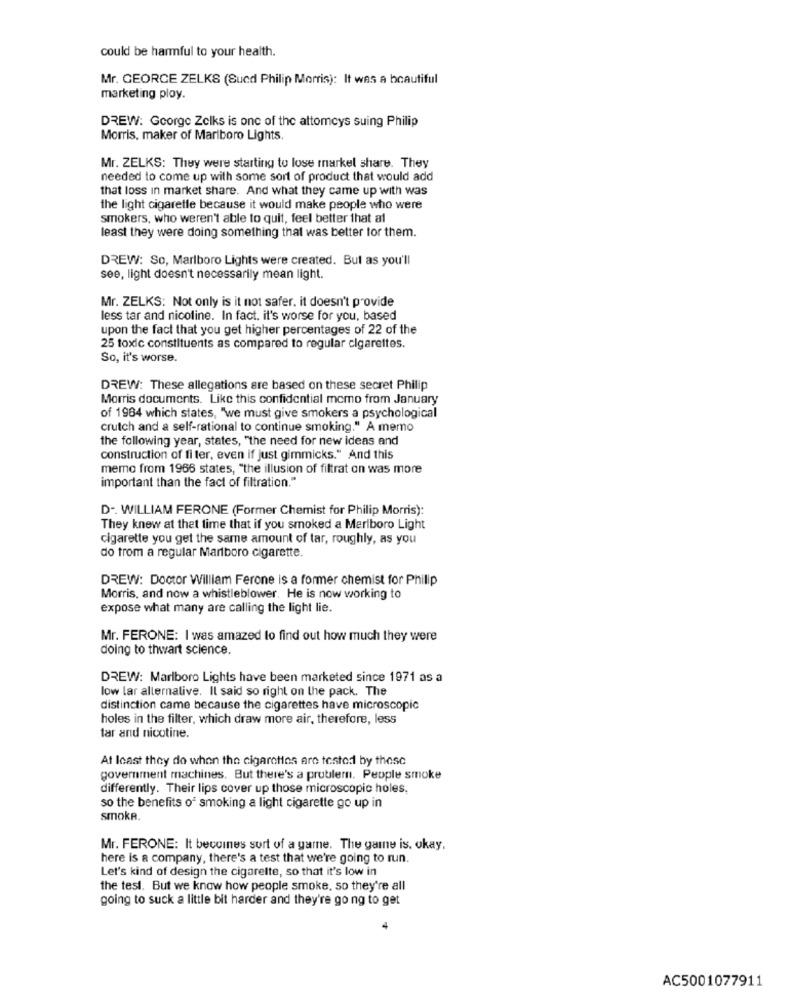
could be harmful to your health.
Mr. CEORCE ZELKS (Sucd Philip Morris): It was a beautiful
marketing ploy.
DREW: George Zelks is one of the attomeys suing Philip
Morris, maker of Mariboro Lights
Mr. ZELKS: They were starting to lose markel share. They
needed to come up with some sort of product that would add
that loss in market share. And what they came up with was
the light cigarette because it would make people who were
smokers, who weren't able to quit, feel better that al
least they were doing something that was better for them.
DREW: So, Marlboro Lights were created. But as you'll
see, light doesn't necessarily mean light.
Mr. ZELKS: Not only is it not safer, it doesn't provide
less tar and nicoline. In fact. it's worse for you, based
upon the fact that you get higher percentages of 22 of the
25 toxic constituents as compared to regular cigarettes.
So, it's worse.
DREW: These allegations are based on these secret Philip
Morris documents. Like this confidential memo from January
of 1984 which states, "we must give smokers a psychological
crutch and a self-rational to continue smoking." A memo
the following year, states, "the need for new ideas and
construction of fi ter, even if just gimmicks." And this
memo from 1966 states, "the illusion of filtrat on was more
important than the fact of filtration."
D -. WILLIAM FERONE (Former Chemist for Philip Morris):
They knew at that time that if you smoked a Marlboro Light
cigarette you get the same amount of tar, roughly, as you
do trom a regular Marlboro cigarette.
DREW: Doctor William Ferone is a former chemist for Philip
Morris, and now a whistleblower. He is now working to
expose what many are calling the light lie.
Mr. FERONE: I was amazed to find out how much they were
doing to thwart science.
DREW: Marlboro Lights have been marketed since 1971 as a
low lar alternative. Il said so right on the pack. The
distinction came because the cigarettes have microscopic
holes in the filter, which draw more air, therefore, less
tar and nicotine.
At least they do when the cigarettes are tested by thesc
government machines. But there's a problem. People smoke
differently. Their lips cover up those microscopic holes.
so the benefits of smoking a light cigarette go up in
smoke
Mr. FERONE: It becomes sort of a game. The game is. okay,
here is a company, there's a test that we're going to run.
Let's kind of design the cigarette, so that it's low in
the test. But we know how people smoke, so they're all
going to suck a little bit harder and they're going to get
4
AC5001077911